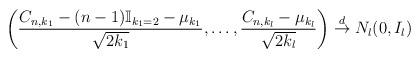
LaTeX: \begin{align*}\left( \frac{C_{n,k_{1}}- (n-1)\mathbb{I}_{k_{1}=2}- \mu_{k_{1}}}{\sqrt{2k_{1}}}, \ldots, \frac{C_{n,k_{l}}-\mu_{k_{l}}}{\sqrt{2k_{l}}} \right) \stackrel{d}{\to} N_{l}(0, I_{l})\end{align*}